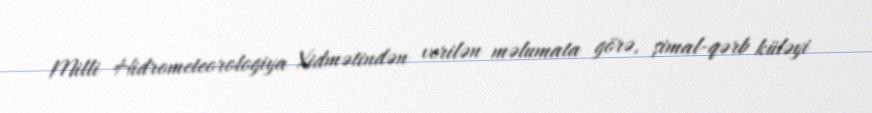
Milli Hidrometeorologiya Xidmətindən verilən məlumata görə, şimal-qərb küləyi